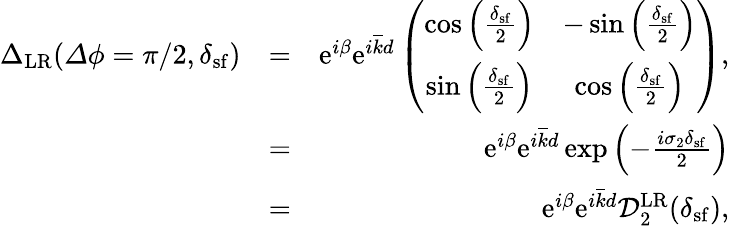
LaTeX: \begin{array}{rlr}{{\Delta}_{\mathrm{LR}}({\mathit\Delta\phi}=\pi/2,\delta_{\mathrm{sf}})}&{=}&{\mathrm{e}^{i\beta}\mathrm{e}^{i\overline{{k}}d}\left(\begin{array}{cc}{\cos\left(\frac{\delta_{\mathrm{sf}}}{2}\right)}&{-\sin\left(\frac{\delta_{\mathrm{sf}}}{2}\right)}\\ {\sin\left(\frac{\delta_{\mathrm{sf}}}{2}\right)}&{\cos\left(\frac{\delta_{\mathrm{sf}}}{2}\right)}\end{array}\right),}\\ &{=}&{\mathrm{e}^{i\beta}\mathrm{e}^{i\overline{{k}}d}\exp\left(-\frac{i\sigma_{2}{\delta_{\mathrm{sf}}}}{2}\right)}\\ &{=}&{\mathrm{e}^{i\beta}\mathrm{e}^{i\overline{{k}}d}\mathcal{D}_{2}^{\mathrm{LR}}(\delta_{\mathrm{sf}}),}\end{array}